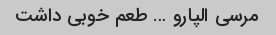
مرسی الپارو … طعم خوبی داشت